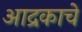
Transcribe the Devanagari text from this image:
आद्रकाचे